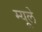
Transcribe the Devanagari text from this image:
म्यूले